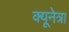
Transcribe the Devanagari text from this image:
क्यूनेत्रा